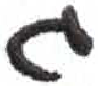
אות: ג